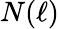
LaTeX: N(\ell)